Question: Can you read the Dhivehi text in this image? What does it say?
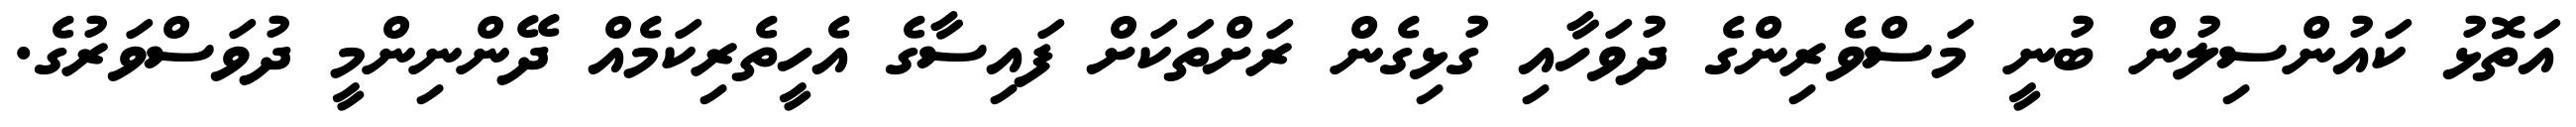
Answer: އަތޮޅު ކައުންސިލުން ބުނީ މަސްވެރިންގެ ދުވަހާއި ގުޅިގެން ރަށްތަކަށް ފައިސާގެ އެހީތެރިކަމެއް ދޭންނިންމީ ދުވަސްވަރުގެ.